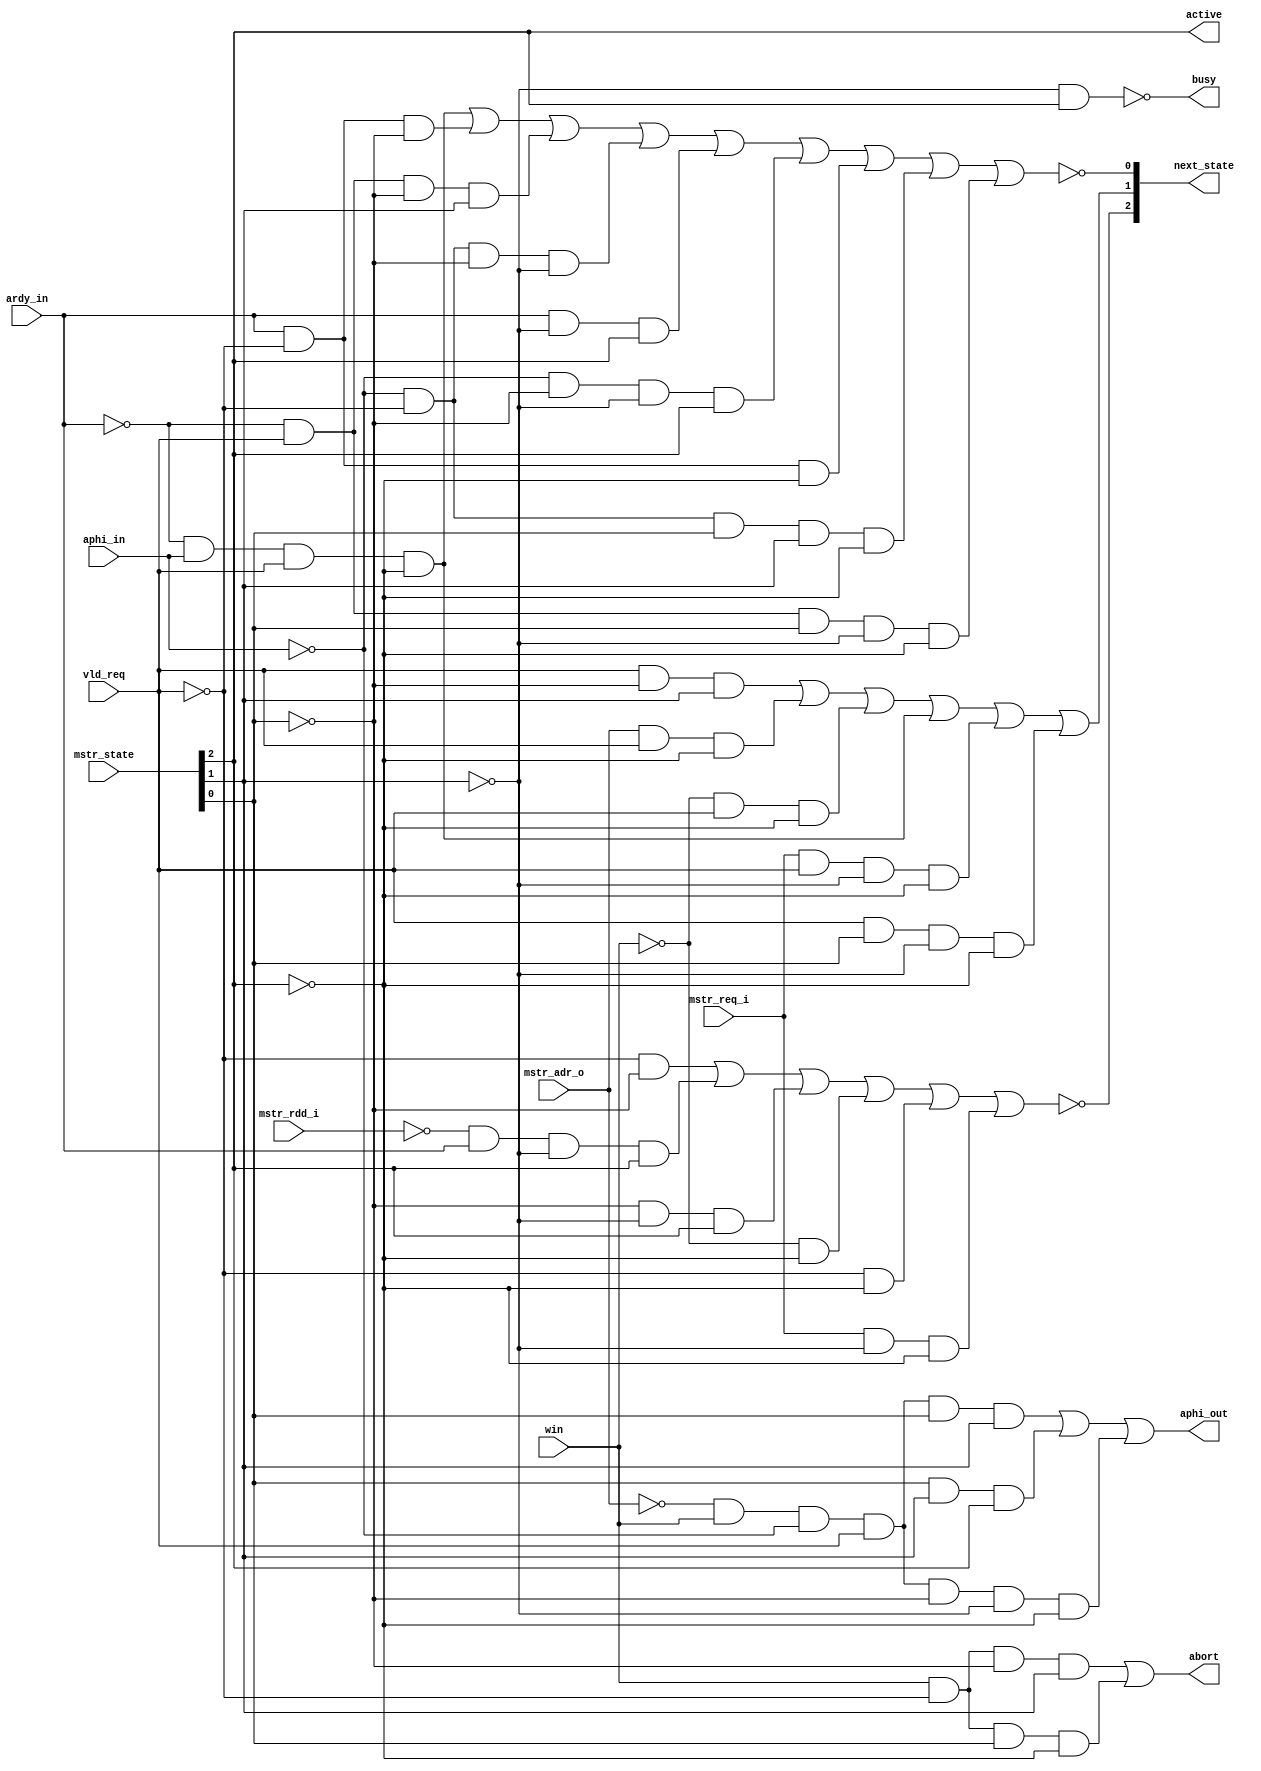
// A2Rfsm
// Copyright (c) Graham Whitted, 2009. All rights reserved.
module a2rfsm
(  next_state, aphi_out, busy, active, abort, mstr_state, vld_req, aphi_in, 
   ardy_in, win, mstr_rdd_i, mstr_adr_o, mstr_req_i
);

input
   vld_req, aphi_in, ardy_in, win, mstr_rdd_i, mstr_adr_o, mstr_req_i;

input [2:0] mstr_state;

output
   aphi_out, busy, active, abort;

output [2:0] next_state;

wire
   aphi_out, busy, active, abort;

wire [2:0] next_state;

// Equations
   assign next_state[2] = ~( ~vld_req & ~mstr_state[0]
                           | ~mstr_rdd_i & ardy_in & ~mstr_state[1] & mstr_state[2]
                           | ~mstr_state[0] & ~mstr_state[1] & mstr_state[2]
                           | ~win & ~mstr_state[2]
                           | ~vld_req & ~mstr_state[2]
                           | mstr_req_i & ~mstr_state[1] & ~mstr_state[2]
                           );

   assign next_state[1] = vld_req & ~mstr_state[0] & mstr_state[1]
                        | mstr_adr_o & vld_req & ~mstr_state[2]
                        | ~win & vld_req & ~mstr_state[2]
                        | ~ardy_in & aphi_in & vld_req & ~mstr_state[2]
                        | mstr_req_i & vld_req & ~mstr_state[1] & ~mstr_state[2]
                        | vld_req & mstr_state[0] & ~mstr_state[1] & ~mstr_state[2];

   assign next_state[0] = ~( ~ardy_in & aphi_in & vld_req & ~mstr_state[2]
                           | ardy_in & ~vld_req & ~mstr_state[0]
                           | ~ardy_in & vld_req & ~mstr_state[0] & mstr_state[1]
                           | ~aphi_in & ~vld_req & ~mstr_state[0] & ~mstr_state[1]
                           | ardy_in & ~mstr_state[1] & mstr_state[2]
                           | ~aphi_in & ~mstr_state[0] & ~mstr_state[1] & mstr_state[2]
                           | ardy_in & ~vld_req & ~mstr_state[2]
                           | ~aphi_in & ~vld_req & mstr_state[0] & mstr_state[1] & ~mstr_state[2]
                           | ~ardy_in & vld_req & mstr_state[0] & ~mstr_state[1] & ~mstr_state[2]
                           );

   assign aphi_out = ~mstr_adr_o & win & ~aphi_in & vld_req & mstr_state[0] & mstr_state[1]
                   | mstr_state[0] & mstr_state[1] & mstr_state[2]
                   | ~mstr_adr_o & win & ~aphi_in & vld_req & ~mstr_state[0] & ~mstr_state[1] & ~mstr_state[2];

   assign busy = ~( ~mstr_state[1] & mstr_state[2]);

   assign active = mstr_state[2];

   assign abort = win & ~vld_req & ~mstr_state[0] & mstr_state[1]
                | win & ~vld_req & mstr_state[0] & ~mstr_state[2];


endmodule